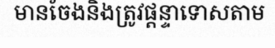
មានចែងនិងត្រូវផ្តន្ទាទោសតាម